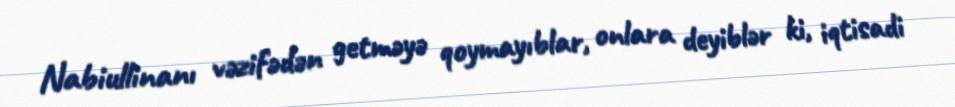
Nabiullinanı vəzifədən getməyə qoymayıblar, onlara deyiblər ki, iqtisadi